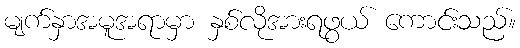
မျက်နှာအမူအရာမှာ နှစ်လိုအားရဖွယ် ကောင်းသည်။